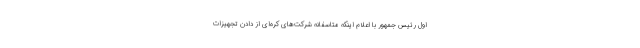
اول رئیس جمهور با اعلام اینکه متاسفانه شرکت‌های کره‌ای از دادن تجهیزات